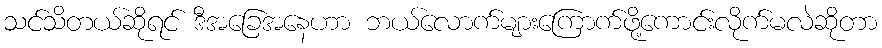
သင်သိတယ်ဆိုရင် ဒီအခြေအနေဟာ ဘယ်လောက်များကြောက်ဖို့ကောင်းလိုက်မလဲဆိုတာ